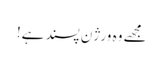
مجھے وہ ورژن پسند ہے!